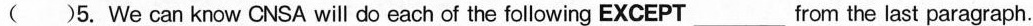
A.sending other pro bes to Mars